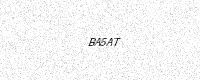
Text: BA5AT